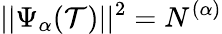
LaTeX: \vert\vert\Psi_{\alpha}(\mathcal{T})\vert\vert^{2}=N^{(\alpha)}